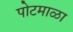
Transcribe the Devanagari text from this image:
पोटमाळा